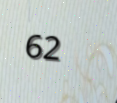
62